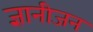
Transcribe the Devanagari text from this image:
ज्ञानीजन